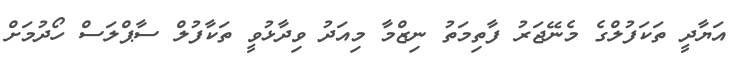
އަޔާދީ ތަކަފުލްގެ މެނޭޖަރު ފާތިމަތު ނިޒްމާ މިއަދު ވިދާޅުވީ ތަކާފުލް ސާޕްލަސް ހޯދުމަށް